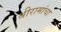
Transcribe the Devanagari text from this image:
श्रीरामांचा